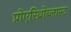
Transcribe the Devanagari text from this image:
प्रोएरिथ्रोब्लास्ट